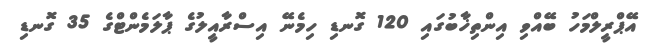
އޭޕްރީލްމަހު ބޭއްވި އިންތިޚާބުގައި 120 ގޮނޑި ހިމެނޭ އިސްރާއީލުގެ ޕާލަމެންޓްގެ 35 ގޮނޑި